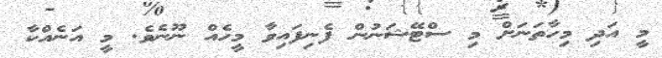
މީ އަދި މިހާތަނަށް މި ސްޓޭޝަނުން ފެނިފައިވާ މީހެއް ނޫނެވެ. މީ އަނެއްކާ